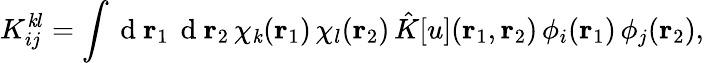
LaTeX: {K}_{ij}^{\mathit{k}l}=\int\mathrm{{~d~}}{\mathbf{{r}}_{1}}\, \mathrm{{~d~}}{\mathbf{{r}}_{2}}\, \chi_{\mathit{k}}({\mathbf{{r}}_{1}})\, \chi_{l}({\mathbf{{r}}_{2}})\, \hat{{K}}[u]({\mathbf{{r}}_{1}},{\mathbf{{r}}_{2}})\, \phi_{i}({\mathbf{{r}}_{1}})\, \phi_{j}({\mathbf{{r}}_{2}}),